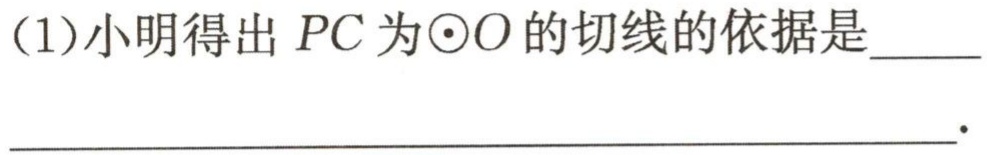
经过半径的外端并且垂直于这条半径的直线是圆的切线